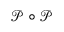
{ \mathcal { P } } \circ { \mathcal { P } }